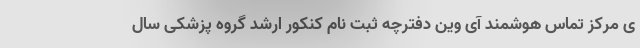
ی مرکز تماس هوشمند آی وین دفترچه ثبت نام کنکور ارشد گروه پزشکی سال